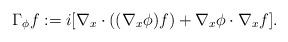
LaTeX: \begin{align*}\Gamma_{\phi} f : = i [\nabla_x \cdot ((\nabla_x \phi) f) + \nabla_x \phi \cdot \nabla_x f] .\end{align*}